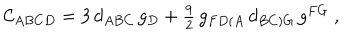
{ \cal C } _ { A B C D } = 3 \, d _ { A B C } \, g _ { D } + \textstyle { \frac { 9 } { 2 } } \, g _ { F D ( A } \, d _ { B C ) G } \, g ^ { F G } \ ,